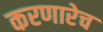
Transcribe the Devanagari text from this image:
करणारेच